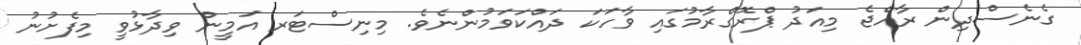
ގެނެސްދިން ރާއްޖެ މިއަދު ޕްރޮގްރާމުގައި ވާހަކަ ދައްކަވަމުންނެވެ. މިނިސްޓަރ އަމީން ވިދާޅުވީ މިފެށުނު